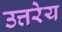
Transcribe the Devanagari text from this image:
उत्तरेय